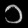
Digit: ၁